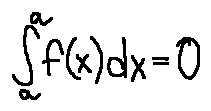
\int \limits _ { a } ^ { a } f ( x ) d x = 0